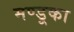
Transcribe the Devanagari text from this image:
मण्डूका